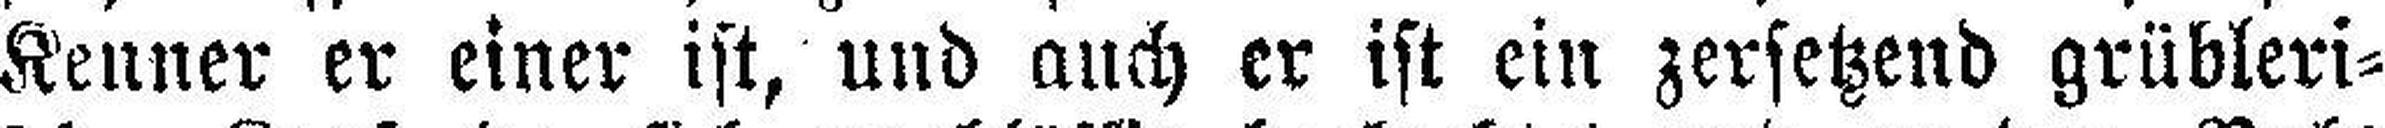
Kenner er einer ist, und auch er ist ein zersetzend grübleri¬